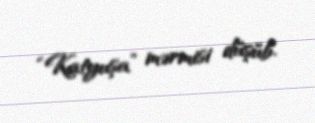
“Katyuşa” mərmisi düşüb.